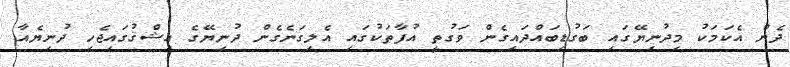
ދެން އެކަމަކު މިދުނިޔޭގައި ބަގުޑިބައްދައިގެން ވަގުތީ އުފާތަކުގައި އެލިގަނެގެން ދުނިޔޭގެ ޢިޝްޤުގައިޖެހި ދުނިޔެއާ